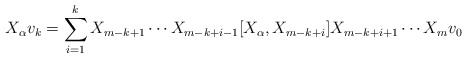
\begin{align*} X_{\alpha} v_k = \sum_{i=1}^{k} X_{m-k+1} \cdots X_{m-k+i-1} [ X_{\alpha} , X_{m-k+i} ] X_{m-k+i+1} \cdots X_m v_0\end{align*}